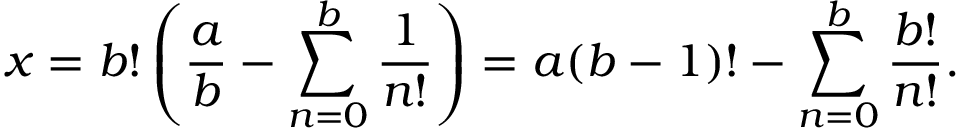
x = b ! \left( { \frac { a } { b } } - \sum _ { n = 0 } ^ { b } { \frac { 1 } { n ! } } \right) = a ( b - 1 ) ! - \sum _ { n = 0 } ^ { b } { \frac { b ! } { n ! } } .